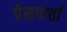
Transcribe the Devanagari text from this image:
प्रेसवार्ता